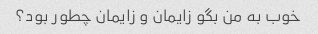
خوب به من بگو زایمان و زایمان چطور بود؟